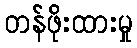
တန်ဖိုးထားမှု